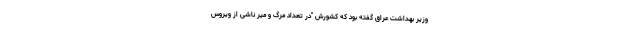
وزیر بهداشت عراق گفته بود که کشورش "در تعداد مرگ و میر ناشی از ویروس